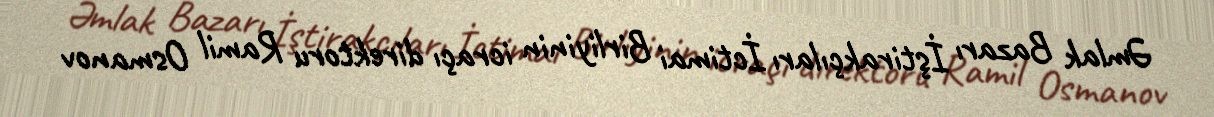
Əmlak Bazarı İştirakçıları İctimai Birliyinin icraçı direktoru Ramil Osmanov